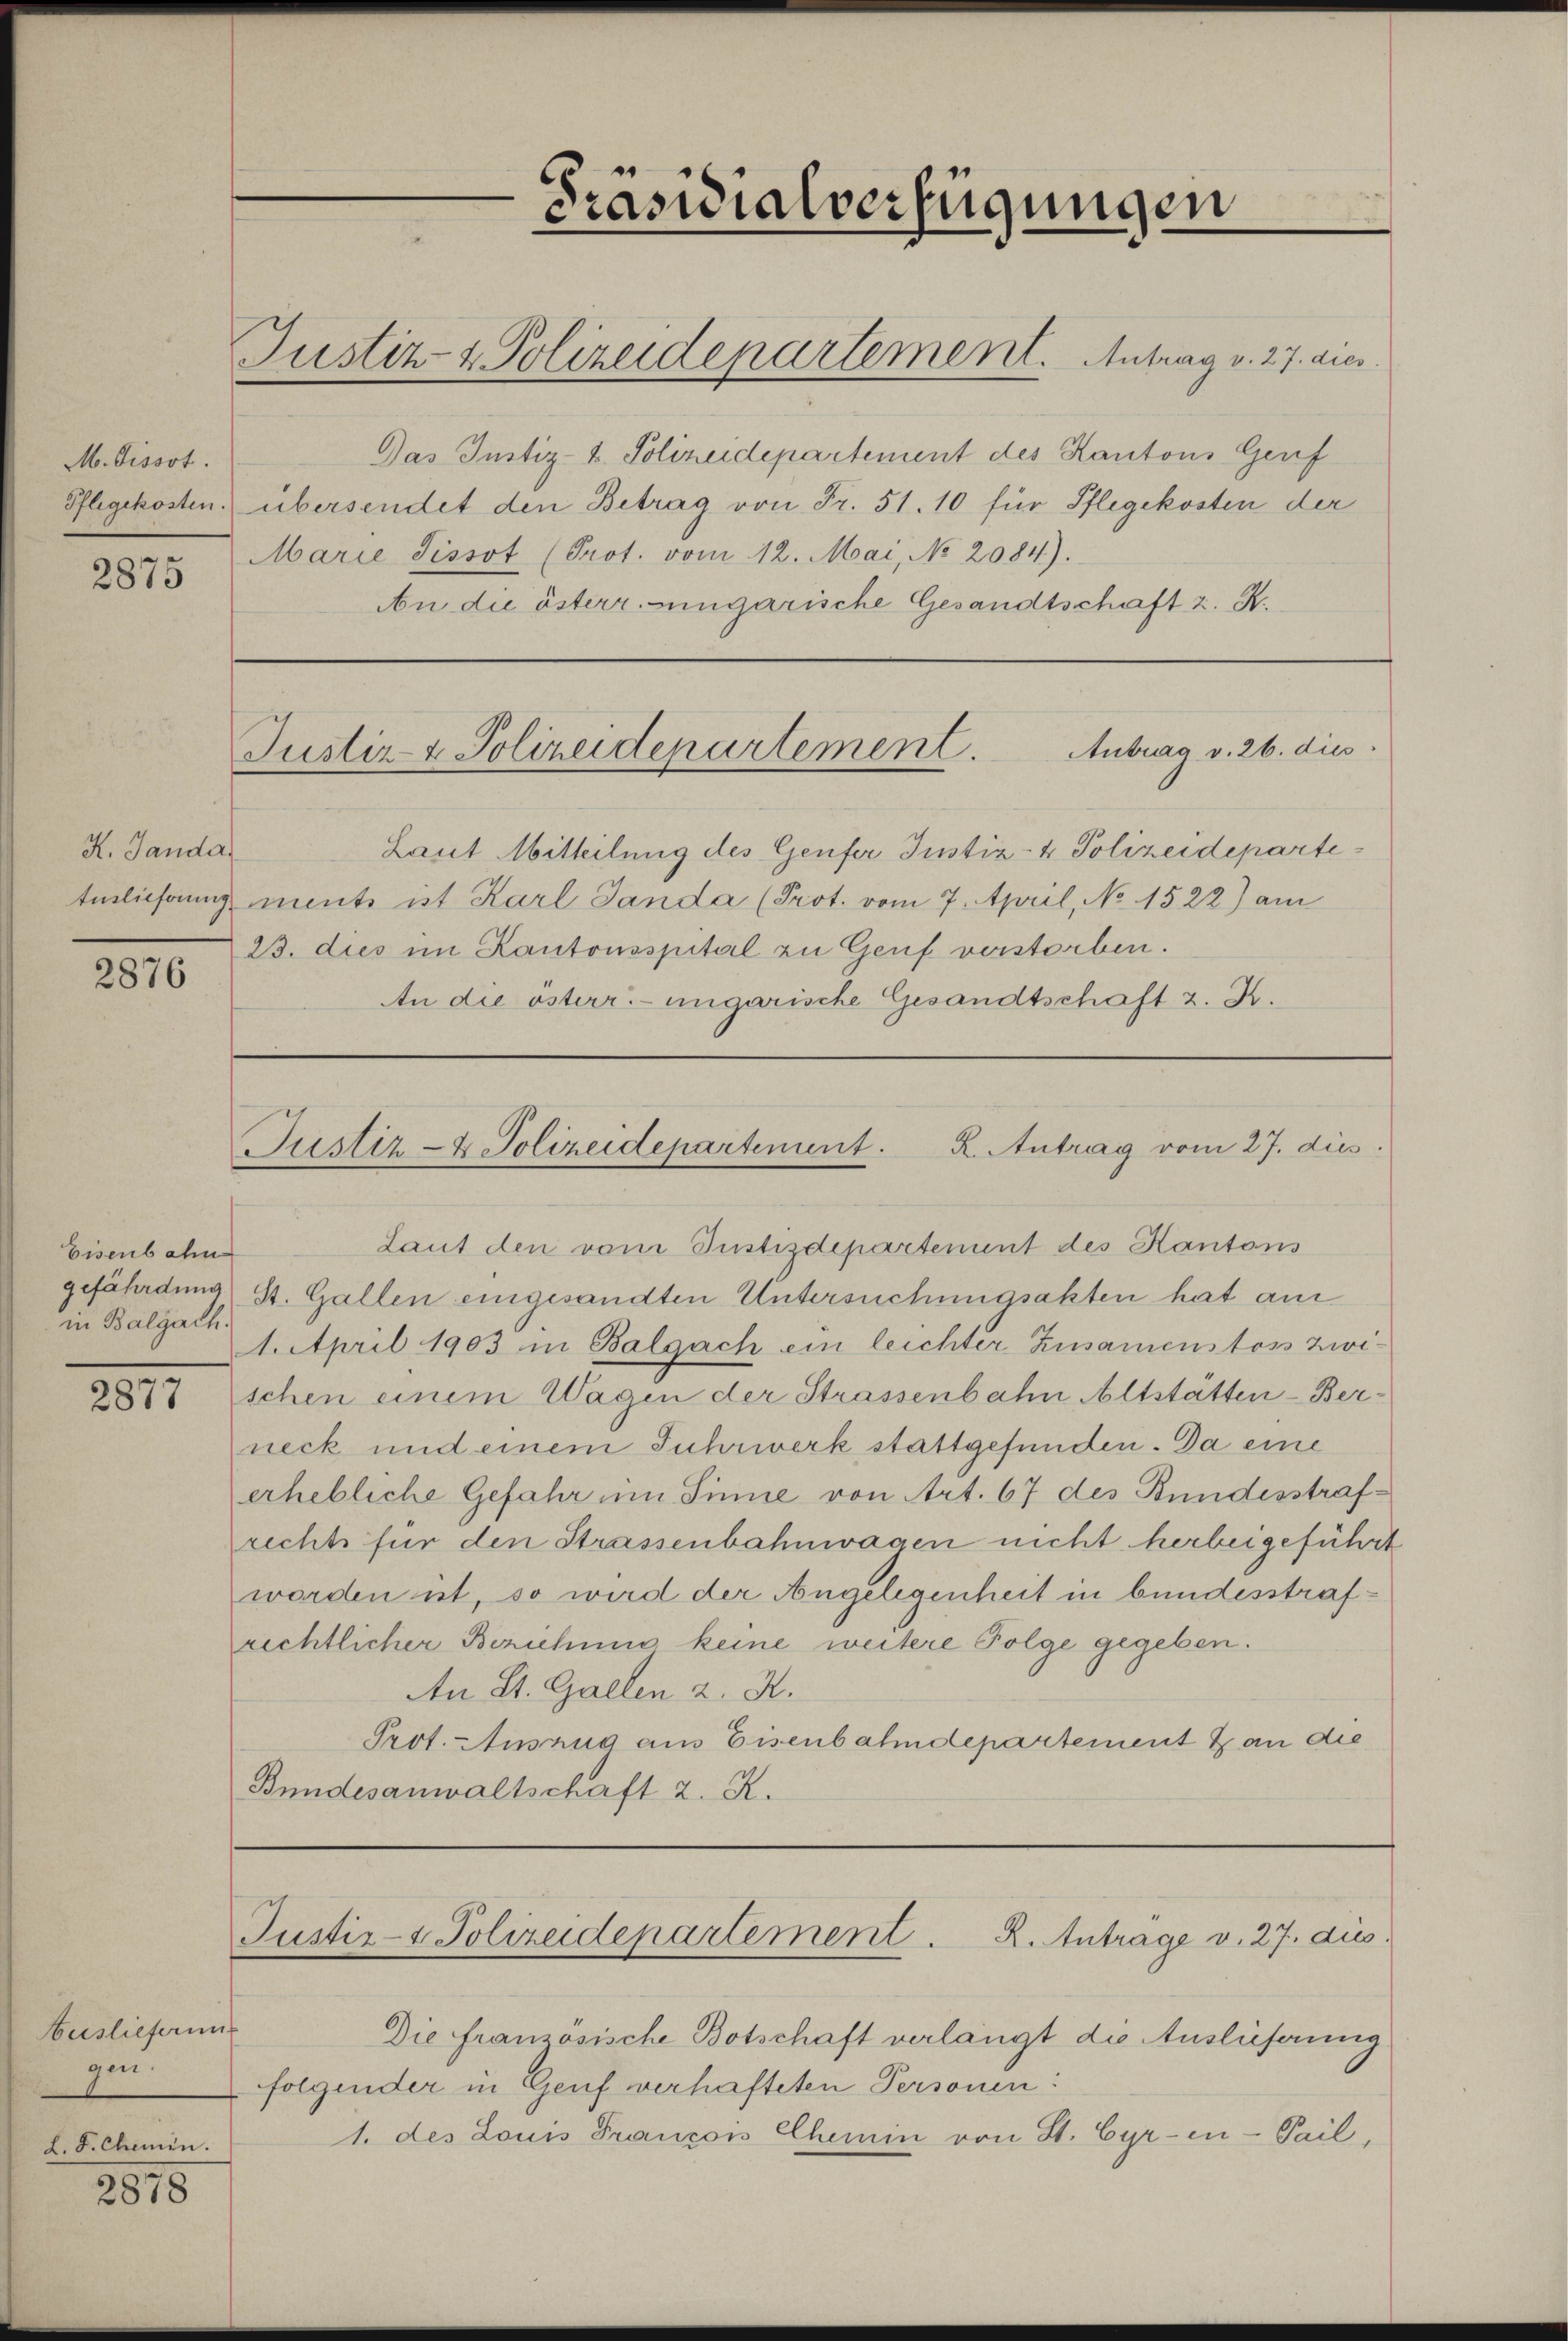
M. dissot.
Pflegekosten.

2875

K. Sanda

2876

Eisenbahn
in Balgach.

2817

Auslieferung
gen.
L. F. Chemin.

2878

Präsidialverfügungen

Justiz- & Polizeidepartement. Antrag v. 27. dies

Justiz- & Polizeidepartement. Antrag v. 26. dies

Laut Mitteilung des Genfer Justiz- & Polizeidepartiterlichung ment ist Karl Sanda (Prot. vom 7. April, No 1522) am
23. dies im Kantonsspital zu Genf verstorben.
An die österr.-ungarische Gesandtschaft z. B.

Justiz- & Polizeidepartement. K. Antrag vom 27. dies

Das Justiz- & Polizeidepartement des Kantons Genf
übersendet den Betrag von Fr. 51. 10 für Pflegekosten der
Marie Pissot (Prot. vom 12. Mai, No 2084).
An die österr. eingarische Gesandtschaft z. R.

Laut den vom Justizdepartement des Kantons
gefährdung) St. Gallen eingesandten Untersuchungsakten hat an
April 1903 in Balgach ein leichter Zusamenstoss zwischen einem Wagen der Strassenbahn Altstätten-Berneck und einem Fuhrwerk stattgefunden. Da eine
erhebliche Gefahr im Sinne von Art. 67 des Bundesstrafrechts für den Strassenbahnwagen nicht herbeigeführt
worden ist, so wird der Angelegenheit in bundesstrafrechtlicher Berichung keine weitere Folge gegeben.
An St. Gallen z. R.
Prot. Auszug aus Eisenbahndepartement & an die
Bundesanwaltschaft 2. R.

Justiz- & Polizeidepartement. R. Antrage v. 27. dus.

Die französische Botschaft verlangt die Auslieferung
folgender in Genf verhafteten Personen:
1. des Louis Francois Chemin von St. Cyr-en-Pail,